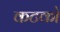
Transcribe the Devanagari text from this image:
कटको